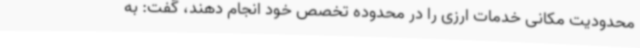
محدودیت مکانی خدمات ارزی را در محدوده تخصص خود انجام دهند، گفت: به